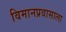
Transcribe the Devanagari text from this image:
विमानप्रवासाला